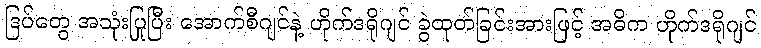
ဒြပ်တွေ အသုံးပြုပြီး အောက်စီဂျင်နဲ့ ဟိုက်ဒရိုဂျင် ခွဲထုတ်ခြင်းအားဖြင့် အဓိက ဟိုက်ဒရိုဂျင်